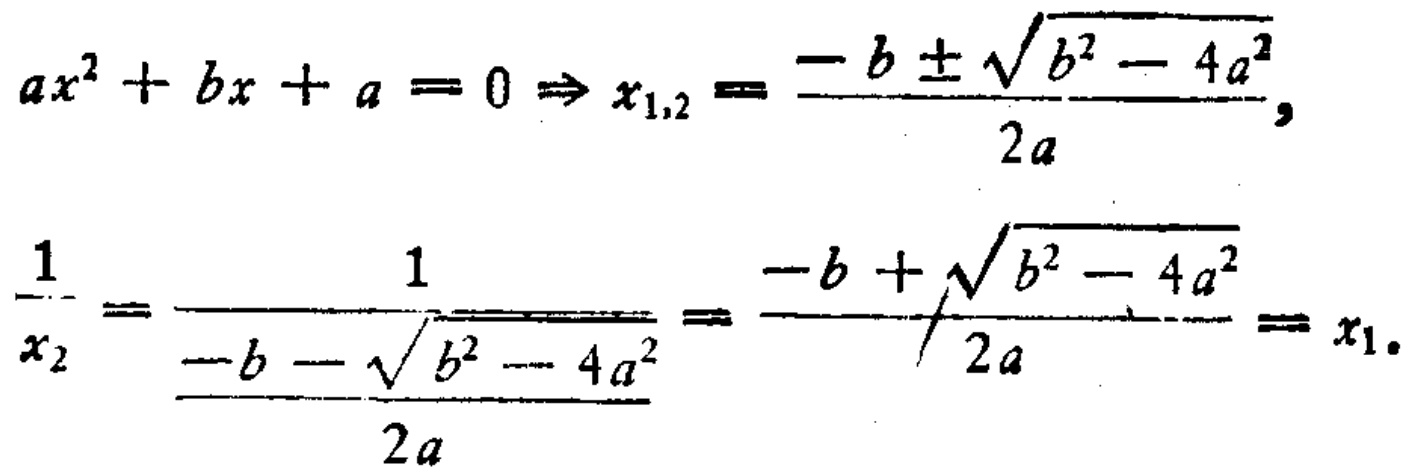
\[
ax^{2}+bx + a = 0\Rightarrow x_{1,2}=\frac{-b\pm\sqrt{b^{2}-4a^{2}}}{2a},
\]
\[
\frac{1}{x_{2}}=\frac{1}{\frac{-b - \sqrt{b^{2}-4a^{2}}}{2a}}=\frac{-b+\sqrt{b^{2}-4a^{2}}}{2a}=x_{1}.
\]